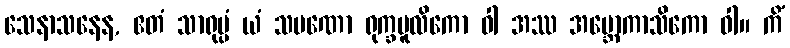
သေနာသနေန, ဧတံ သာရုပ္ပံ ယံ သမဏော ရုက္ခမူလိကော ဝါ အဿ အဗ္ဘောကာသိကော ဝါ။ ကိံ